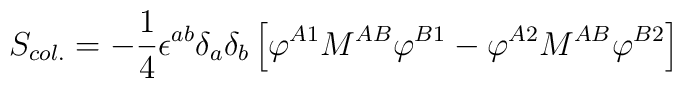
S_{col.} = - {1\over 4} \epsilon^{ab}\delta_a\delta_b\left[\varphi^{A1}M^{AB}\varphi^{B1} - \varphi^{A2} M^{AB}\varphi^{B2}\right]